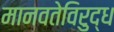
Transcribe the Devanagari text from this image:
मानवतेविरुद्ध